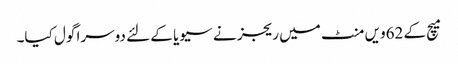
میچ کے 62ویں منٹ میں ریجز نے سیویا کے لئے دوسرا گول کیا۔